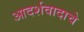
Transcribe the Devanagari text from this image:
आदर्शवादाचे